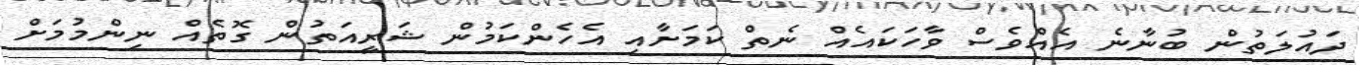
ދައުލަތުން ބުނާނެ އެއްވެސް ވާހަކައެއް ނެތް ކަމަށާއި އެހެންކަމުން ޝަރީއަތުން ގޮތެއް ނިންމުމަށް